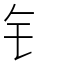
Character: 钅